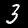
Label: 3